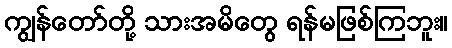
ကျွန်တော်တို့ သားအမိတွေ ရန်မဖြစ်ကြဘူး။